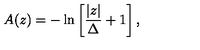
A ( z ) = - \ln \left[ { \frac { | z | } { \Delta } } + 1 \right] ,